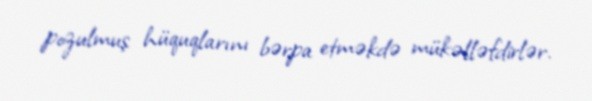
pozulmuş hüquqlarını bərpa etməkdə mükəlləfdirlər.